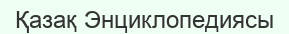
Қазақ Энциклопедиясы